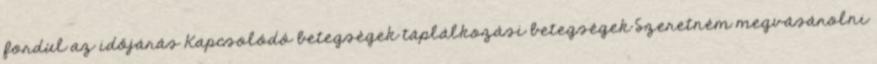
fordul az időjárás Kapcsolódó betegségek táplálkozási betegségek Szeretném megvásárolni